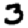
Digit: 3